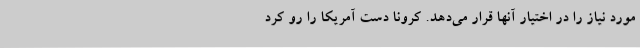
مورد نیاز را در اختیار آنها قرار می‌دهد. کرونا دست آمریکا را رو کرد